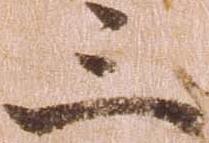
三